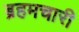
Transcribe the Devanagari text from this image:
ब्रहमचारी